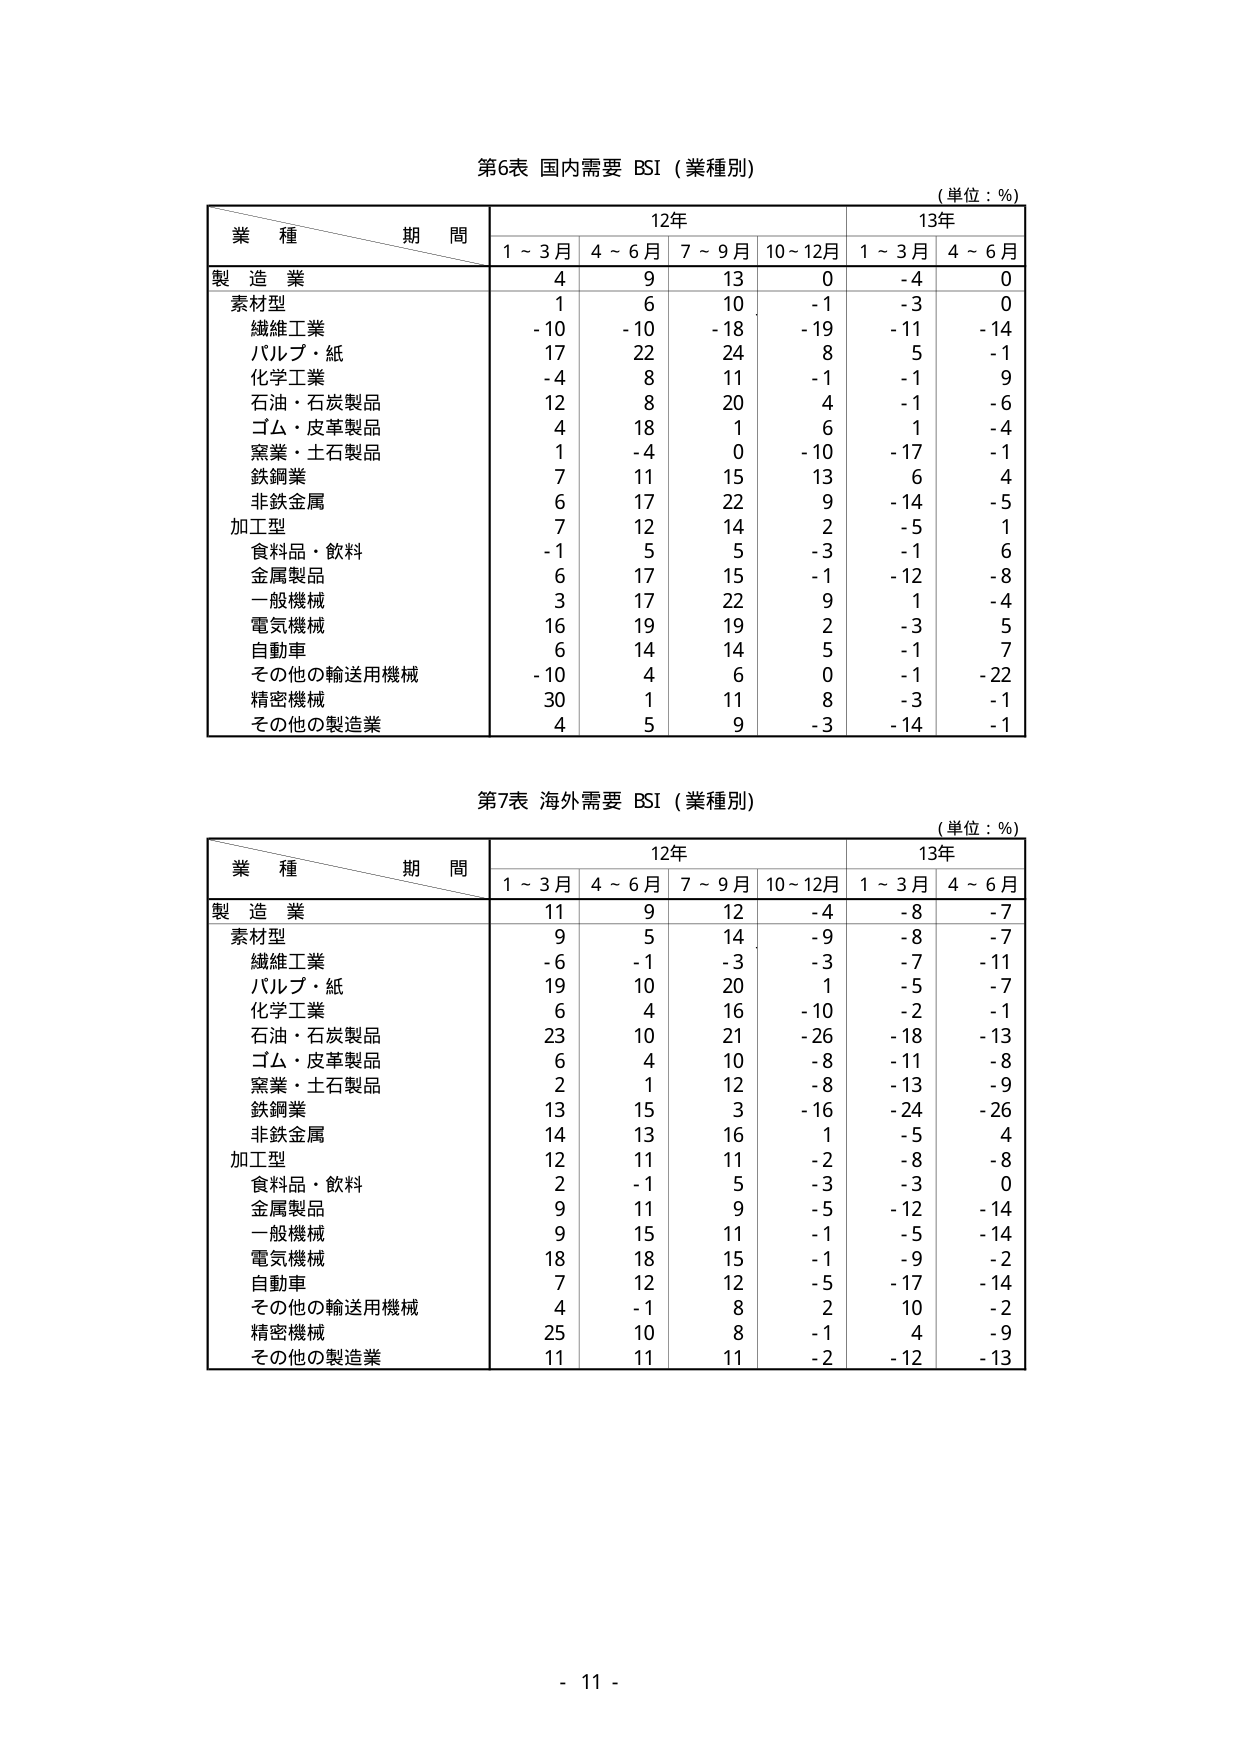
第6表 国内需要 BSI（業種別）
（単位：％）

業種 期間
　　　　12年　　　　　　　　　13年
　　　　1～3月　4～6月　7～9月　10～12月　1～3月　4～6月

製造業
　素材型
　　繊維工業　　　-10　　-10　　-18　　-19　　-11　　-14
　　パルプ・紙　　　17　　22　　24　　8　　5　　-1
　　化学工業　　　　-4　　8　　11　　-1　　-1　　9
　　石油・石炭製品　12　　8　　20　　4　　-1　　-6
　　ゴム・皮革製品　4　　18　　1　　6　　1　　-4
　　窯業・土石製品　1　　-4　　0　　-10　　-17　　-1
　　鉄鋼業　　　　7　　11　　15　　13　　6　　4
　　非鉄金属　　　6　　17　　22　　9　　-14　　-5
　加工型
　　食料品・飲料　-1　　5　　5　　-3　　-1　　6
　　金属製品　　　6　　17　　15　　-1　　-12　　-8
　　一般機械　　　3　　17　　22　　9　　1　　-4
　　電気機械　　　16　　19　　19　　2　　-3　　5
　　自動車　　　　6　　14　　14　　5　　-1　　7
　　その他の輸送用機械　-10　　4　　6　　0　　-1　　-22
　　精密機械　　　30　　1　　11　　8　　-3　　-1
　　その他の製造業　4　　5　　9　　-3　　-14　　-1

第7表 海外需要 BSI（業種別）
（単位：％）

業種 期間
　　　　12年　　　　　　　　　13年
　　　　1～3月　4～6月　7～9月　10～12月　1～3月　4～6月

製造業
　素材型
　　繊維工業　　　-6　　-1　　-3　　-3　　-7　　-11
　　パルプ・紙　　　19　　10　　20　　1　　-5　　-7
　　化学工業　　　　6　　4　　16　　-10　　-2　　-1
　　石油・石炭製品　23　　10　　21　　-26　　-18　　-13
　　ゴム・皮革製品　6　　4　　10　　-8　　-11　　-8
　　窯業・土石製品　2　　1　　12　　-8　　-13　　-9
　　鉄鋼業　　　　13　　15　　3　　-16　　-24　　-26
　　非鉄金属　　　14　　13　　16　　1　　-5　　4
　加工型
　　食料品・飲料　2　　-1　　5　　-3　　-3　　0
　　金属製品　　　9　　11　　9　　-5　　-12　　-14
　　一般機械　　　9　　15　　11　　-1　　-5　　-14
　　電気機械　　　18　　18　　15　　-1　　-9　　-2
　　自動車　　　　7　　12　　12　　-5　　-17　　-14
　　その他の輸送用機械　4　　-1　　8　　2　　10　　-2
　　精密機械　　　25　　10　　8　　-1　　4　　-9
　　その他の製造業　11　　11　　11　　-2　　-12　　-13

- 11 -